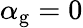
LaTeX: \alpha_{\mathrm{g}}=0